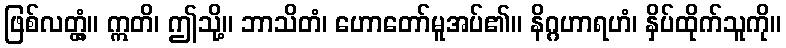
ဖြစ်လတ္တံ့။ ဣတိ၊ ဤသို့။ ဘာသိတံ၊ ဟောတော်မူအပ်၏။ နိဂ္ဂဟာရဟံ၊ နှိပ်ထိုက်သူကို။